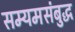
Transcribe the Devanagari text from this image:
सम्यमसंबुद्ध